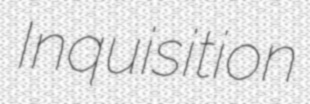
Inquisition